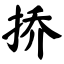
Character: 挢